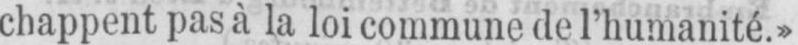
chappent pas à la loi commune de l’humanité.»